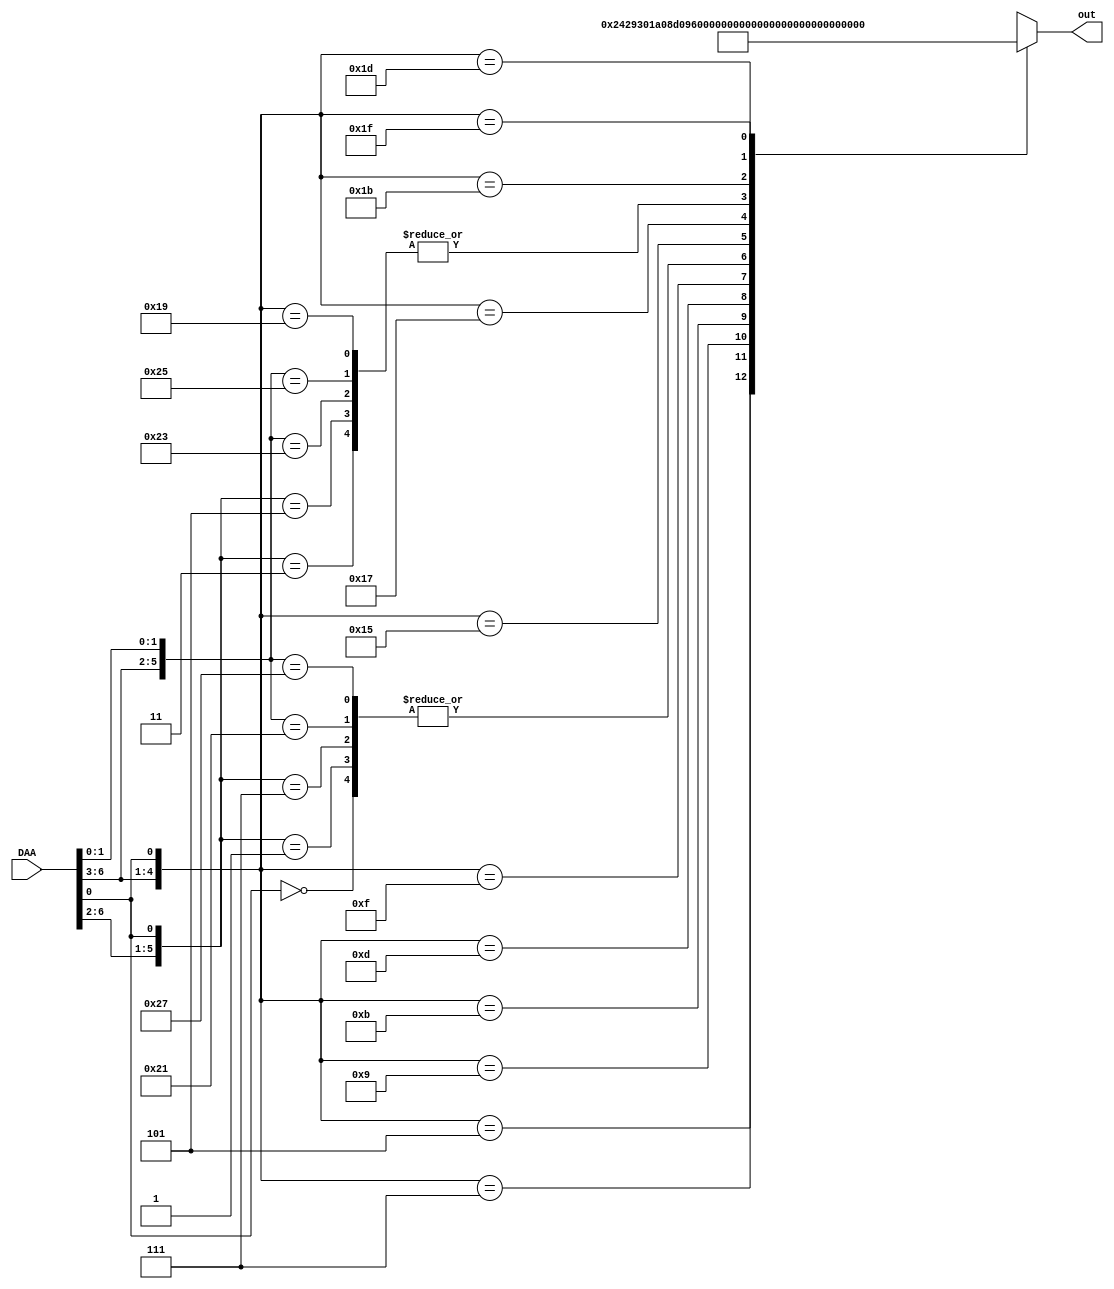

module ROM (input wire [6:0]DAA, output reg [12:0]out); 
	always @ (DAA) 
		casex (DAA) 
			7'bxxxxxx0 : out = 13'b1000000001000; 
			7'b00001x1 : out = 13'b0100000001000;
			7'b00000x1 : out = 13'b1000000001000;
			7'b00011x1 : out = 13'b1000000001000;
			7'b00010x1 : out = 13'b0100000001000;
			7'b0010xx1 : out = 13'b0001001000010;
			7'b0011xx1 : out = 13'b1001001100000;
			7'b0100xx1 : out = 13'b0011010000010;
			7'b0101xx1 : out = 13'b0011010000100;
			7'b0110xx1 : out = 13'b1011010100000;
			7'b0111xx1 : out = 13'b1000000111000;
			7'b1000x11 : out = 13'b0100000001000;
			7'b1000x01 : out = 13'b1000000001000;
			7'b1001x11 : out = 13'b1000000001000;
			7'b1001x01 : out = 13'b0100000001000;
			7'b1010xx1 : out = 13'b0011011000010;
			7'b1011xx1 : out = 13'b1011011100000;
			7'b1100xx1 : out = 13'b0100000001000;
			7'b1101xx1 : out = 13'b0000000001001;
			7'b1110xx1 : out = 13'b0011100000010;
			7'b1111xx1 : out = 13'b1011100100000;
			default : $display("Error en seleccin"); 
		endcase 
endmodule